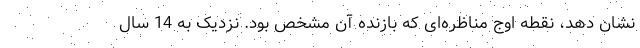
نشان دهد، نقطه اوج مناظره‌ای که بازنده آن مشخص بود. نزدیک به 14 سال